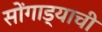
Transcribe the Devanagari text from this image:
सोंगाड्याची